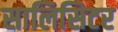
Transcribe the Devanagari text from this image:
सालिसिटर